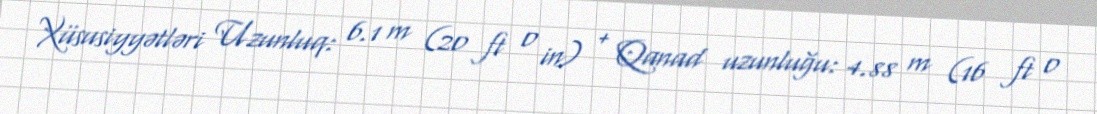
Xüsusiyyətləri Uzunluq: 6.1 m (20 ft 0 in) + Qanad uzunluğu: 4.88 m (16 ft 0